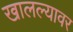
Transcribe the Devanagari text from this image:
खालल्यावर